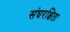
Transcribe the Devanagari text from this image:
संघरक्षिता